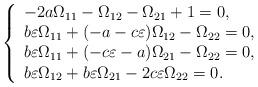
LaTeX: \begin{align*}\left\{\begin{array}{lcl}-2a\Omega_{11}-\Omega_{12}-\Omega_{21}+1=0,\\b\varepsilon\Omega_{11}+(-a-c\varepsilon)\Omega_{12}-\Omega_{22}=0,\\b\varepsilon\Omega_{11}+(-c\varepsilon-a)\Omega_{21}-\Omega_{22}=0,\\b\varepsilon\Omega_{12}+b\varepsilon\Omega_{21}-2c\varepsilon\Omega_{22}=0.\end{array}\right.\end{align*}